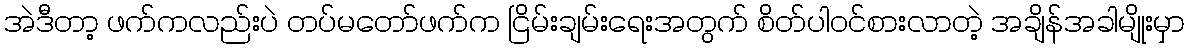
အဲဒီတာ့ ဖက်ကလည်းပဲ တပ်မတော်ဖက်က ငြိမ်းချမ်းရေးအတွက် စိတ်ပါဝင်စားလာတဲ့ အချိန်အခါမျိုးမှာ